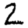
Digit: 2